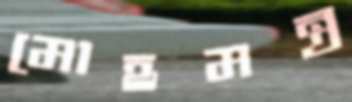
মোহমন্ত্র